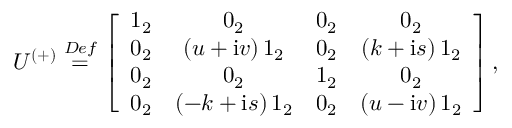
U ^ { \left( + \right) } \stackrel { D e f } { = } \left[ \begin{array} { c c c c } { { 1 _ { 2 } } } & { { 0 _ { 2 } } } & { { 0 _ { 2 } } } & { { 0 _ { 2 } } } \\ { { 0 _ { 2 } } } & { { \left( u + \mathrm { i } v \right) 1 _ { 2 } } } & { { 0 _ { 2 } } } & { { \left( k + \mathrm { i } s \right) 1 _ { 2 } } } \\ { { 0 _ { 2 } } } & { { 0 _ { 2 } } } & { { 1 _ { 2 } } } & { { 0 _ { 2 } } } \\ { { 0 _ { 2 } } } & { { \left( - k + \mathrm { i } s \right) 1 _ { 2 } } } & { { 0 _ { 2 } } } & { { \left( u - \mathrm { i } v \right) 1 _ { 2 } } } \end{array} \right] \mathrm { , }